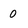
Character: 0